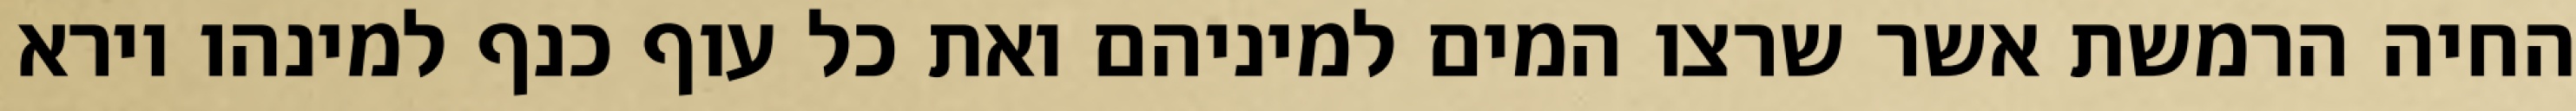
החיה הרמשת אשר שרצו המים למיניהם ואת כל עוף כנף למינהו וירא